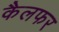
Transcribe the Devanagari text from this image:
कैलफर